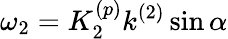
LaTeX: \omega_{2}=K_{2}^{(p)}k^{(2)}\sin\alpha